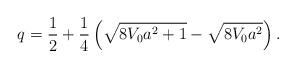
LaTeX: \begin{align*}q=\frac{1}{2}+ \frac{1}{4}\left(\sqrt{8V_{0}a^{2}+1}-\sqrt{8V_{0}a^{2}}\right).\end{align*}